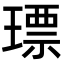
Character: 𤨧